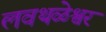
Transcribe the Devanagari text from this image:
लवथळेश्वर